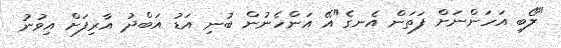
"ލޯބި އަހަންނަށް ފަތަން އެނގެ"އޭ އަންހެނުން ބުނި އަޑު އަބްދު އާރިފަށް އިވުނު